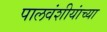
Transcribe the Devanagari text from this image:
पालवंशीयांच्या